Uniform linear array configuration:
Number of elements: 64
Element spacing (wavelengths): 0.75
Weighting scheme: kaiser
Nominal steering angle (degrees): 45
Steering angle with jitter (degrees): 44.647
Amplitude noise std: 0.05
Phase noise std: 0.05

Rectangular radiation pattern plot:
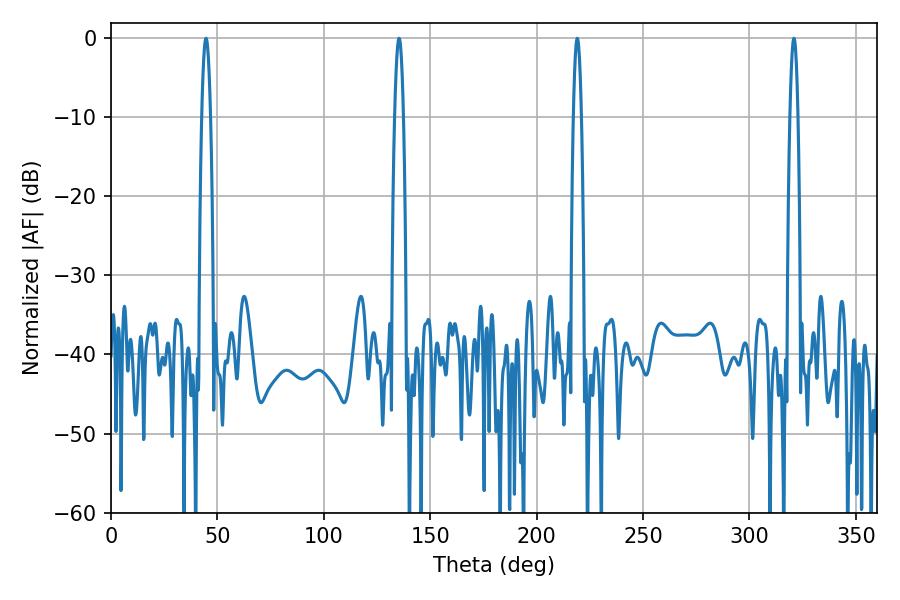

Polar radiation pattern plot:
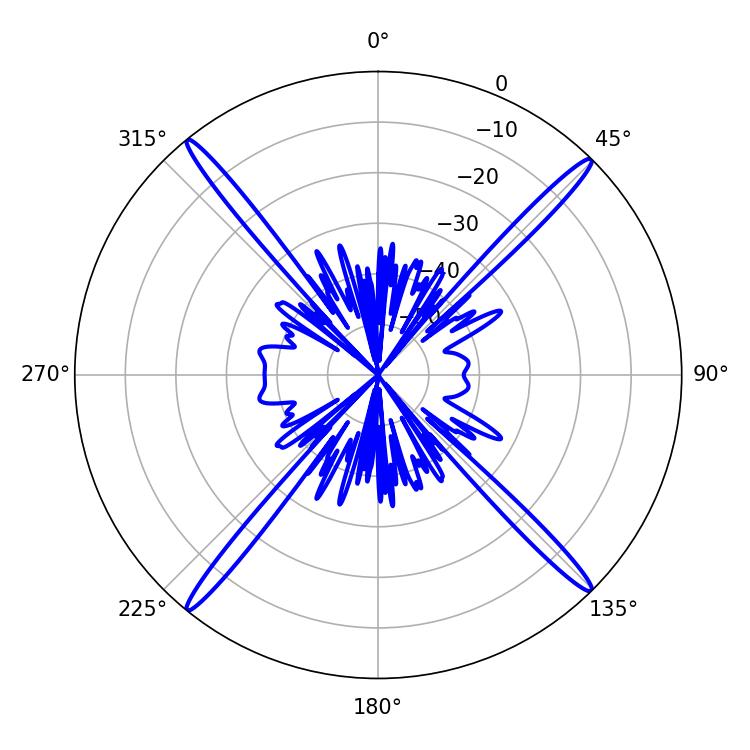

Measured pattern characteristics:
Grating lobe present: TRUE
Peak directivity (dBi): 22.685
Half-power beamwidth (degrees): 2.16
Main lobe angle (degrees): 44.64